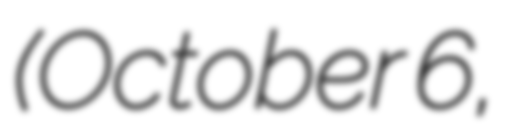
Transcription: (October 6,